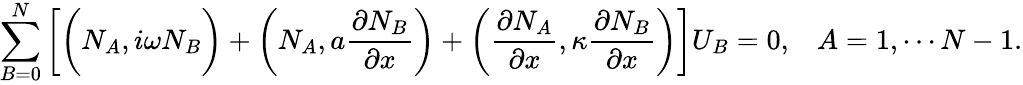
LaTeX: \sum_{B=0}^{N}\left[\bigg(N_{A},i\omega N_{B}\bigg)+\left(N_{A},a\frac{\partial N_{B}}{\partial x}\right)+\left(\frac{\partial N_{A}}{\partial x},\kappa\frac{\partial N_{B}}{\partial x}\right)\right]U_{B}=0,\; \; \; A=1,\cdots N-1.